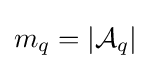
m_{q}=|{\mathcal {A}}_{q}|